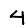
Digit: 4